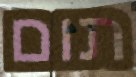
תום